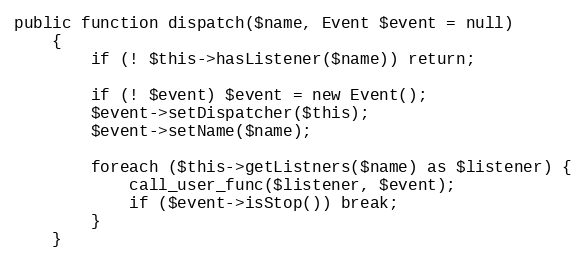
Language: PHP
public function dispatch($name, Event $event = null)
    {
        if (! $this->hasListener($name)) return;

        if (! $event) $event = new Event();
        $event->setDispatcher($this);
        $event->setName($name);

        foreach ($this->getListners($name) as $listener) {
            call_user_func($listener, $event);
            if ($event->isStop()) break;
        }
    }